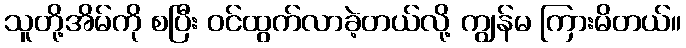
သူတို့အိမ်ကို စပြီး ဝင်ထွက်လာခဲ့တယ်လို့ ကျွန်မ ကြားမိတယ်။